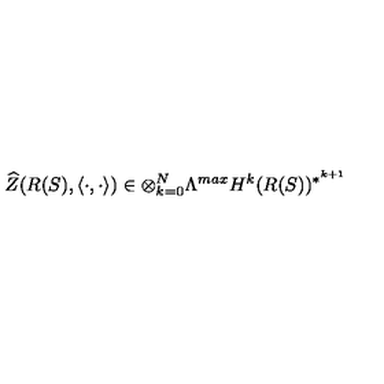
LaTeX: \widehat { Z } ( R ( S ) , \langle \cdot , \cdot \rangle ) \in \otimes _ { k = 0 } ^ { N } \Lambda ^ { m a x } H ^ { k } ( R ( S ) ) ^ { * ^ { k + 1 } }